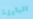
البارزة